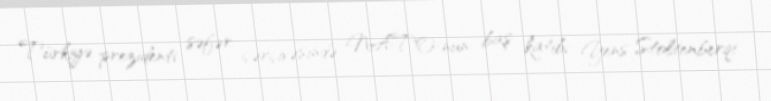
Türkiyə prezidenti səfər çərçivəsində NATO-nun baş katibi Yens Stoltenberqi